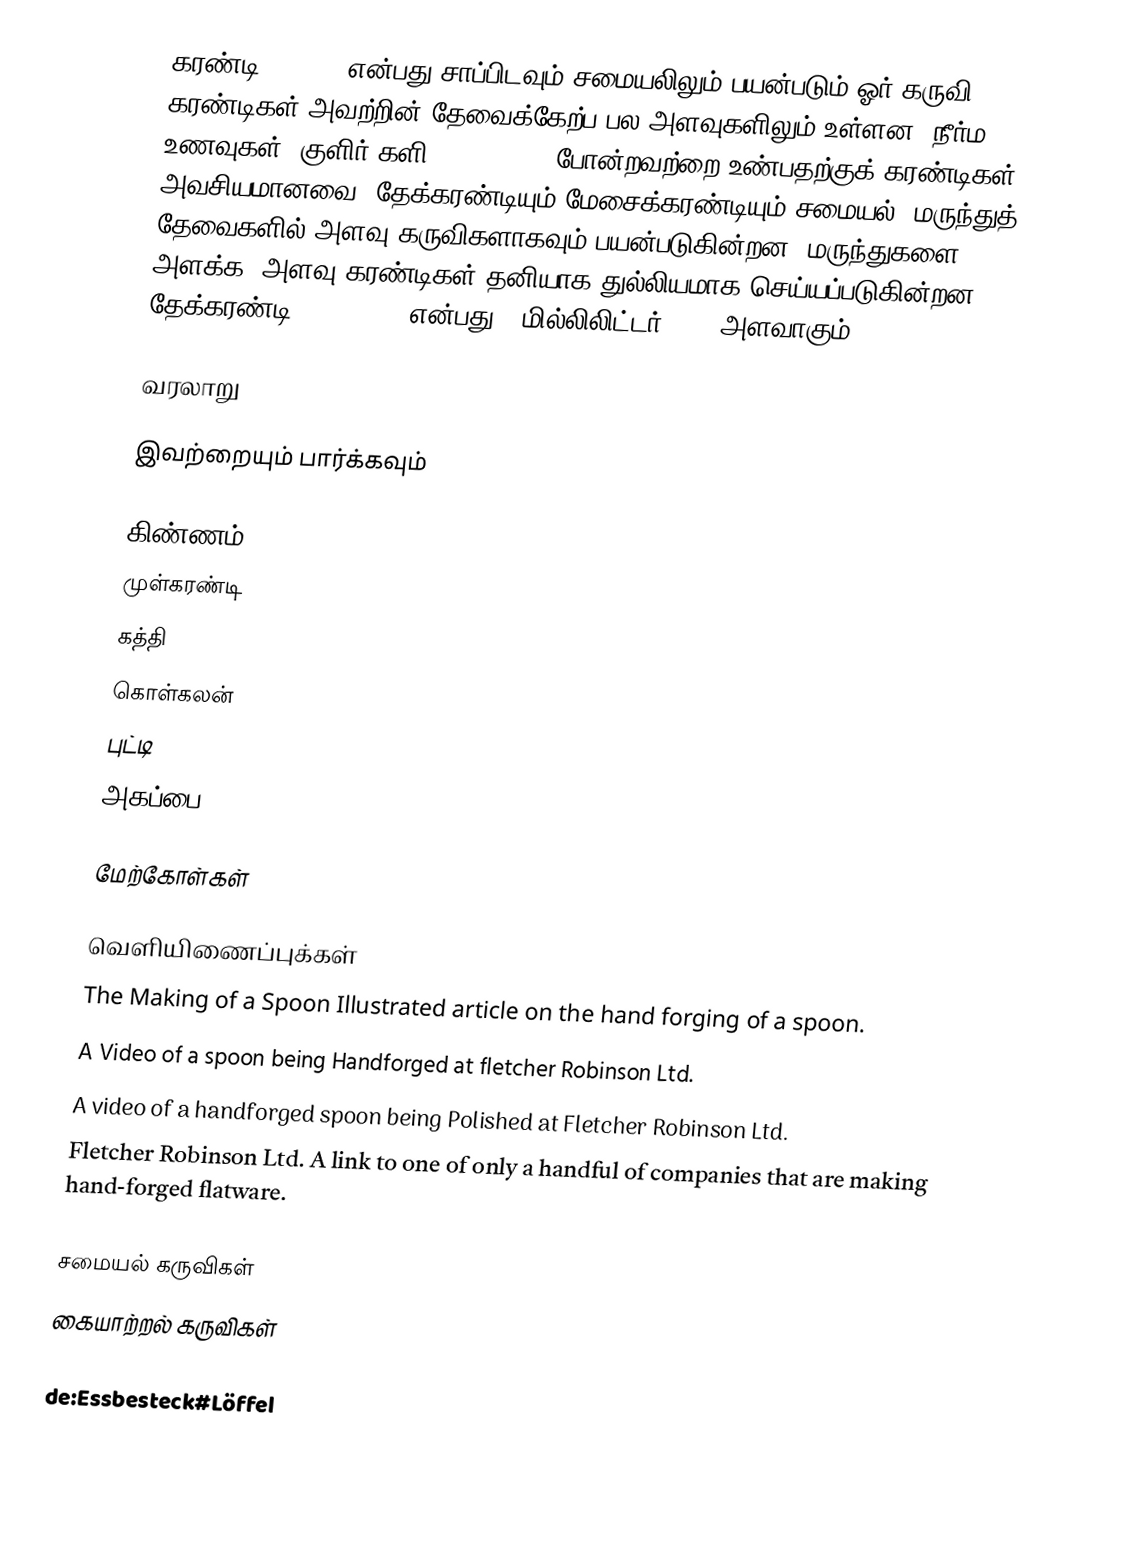
கரண்டி (Spoon) என்பது சாப்பிடவும் சமையலிலும் பயன்படும் ஓர் கருவி. கரண்டிகள் அவற்றின் தேவைக்கேற்ப பல அளவுகளிலும் உள்ளன. நீர்ம உணவுகள், குளிர் களி (Ice Cream) போன்றவற்றை உண்பதற்குக் கரண்டிகள் அவசியமானவை. தேக்கரண்டியும் மேசைக்கரண்டியும் சமையல், மருந்துத் தேவைகளில் அளவு கருவிகளாகவும் பயன்படுகின்றன. மருந்துகளை அளக்க, அளவு கரண்டிகள் தனியாக துல்லியமாக செய்யப்படுகின்றன. தேக்கரண்டி (teaspoon) என்பது 5 மில்லிலிட்டர் (mL) அளவாகும்.

வரலாறு

இவற்றையும் பார்க்கவும்

 கிண்ணம்
 முள்கரண்டி
 கத்தி
 கொள்கலன்
 புட்டி
 அகப்பை

மேற்கோள்கள்

வெளியிணைப்புக்கள்
 The Making of a Spoon Illustrated article on the hand forging of a spoon.
   A Video of a spoon being Handforged at fletcher Robinson Ltd.
   A video of a handforged spoon being Polished at Fletcher Robinson Ltd.
 Fletcher Robinson Ltd. A link to one of only a handful of companies that are making hand-forged flatware.

சமையல் கருவிகள்
கையாற்றல் கருவிகள்

de:Essbesteck#Löffel